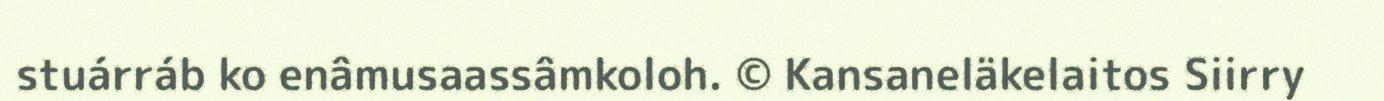
stuárráb ko enâmusaassâmkoloh. © Kansaneläkelaitos Siirry